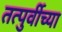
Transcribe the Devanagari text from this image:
तत्पुर्वीच्या